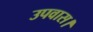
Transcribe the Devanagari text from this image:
उपवास।